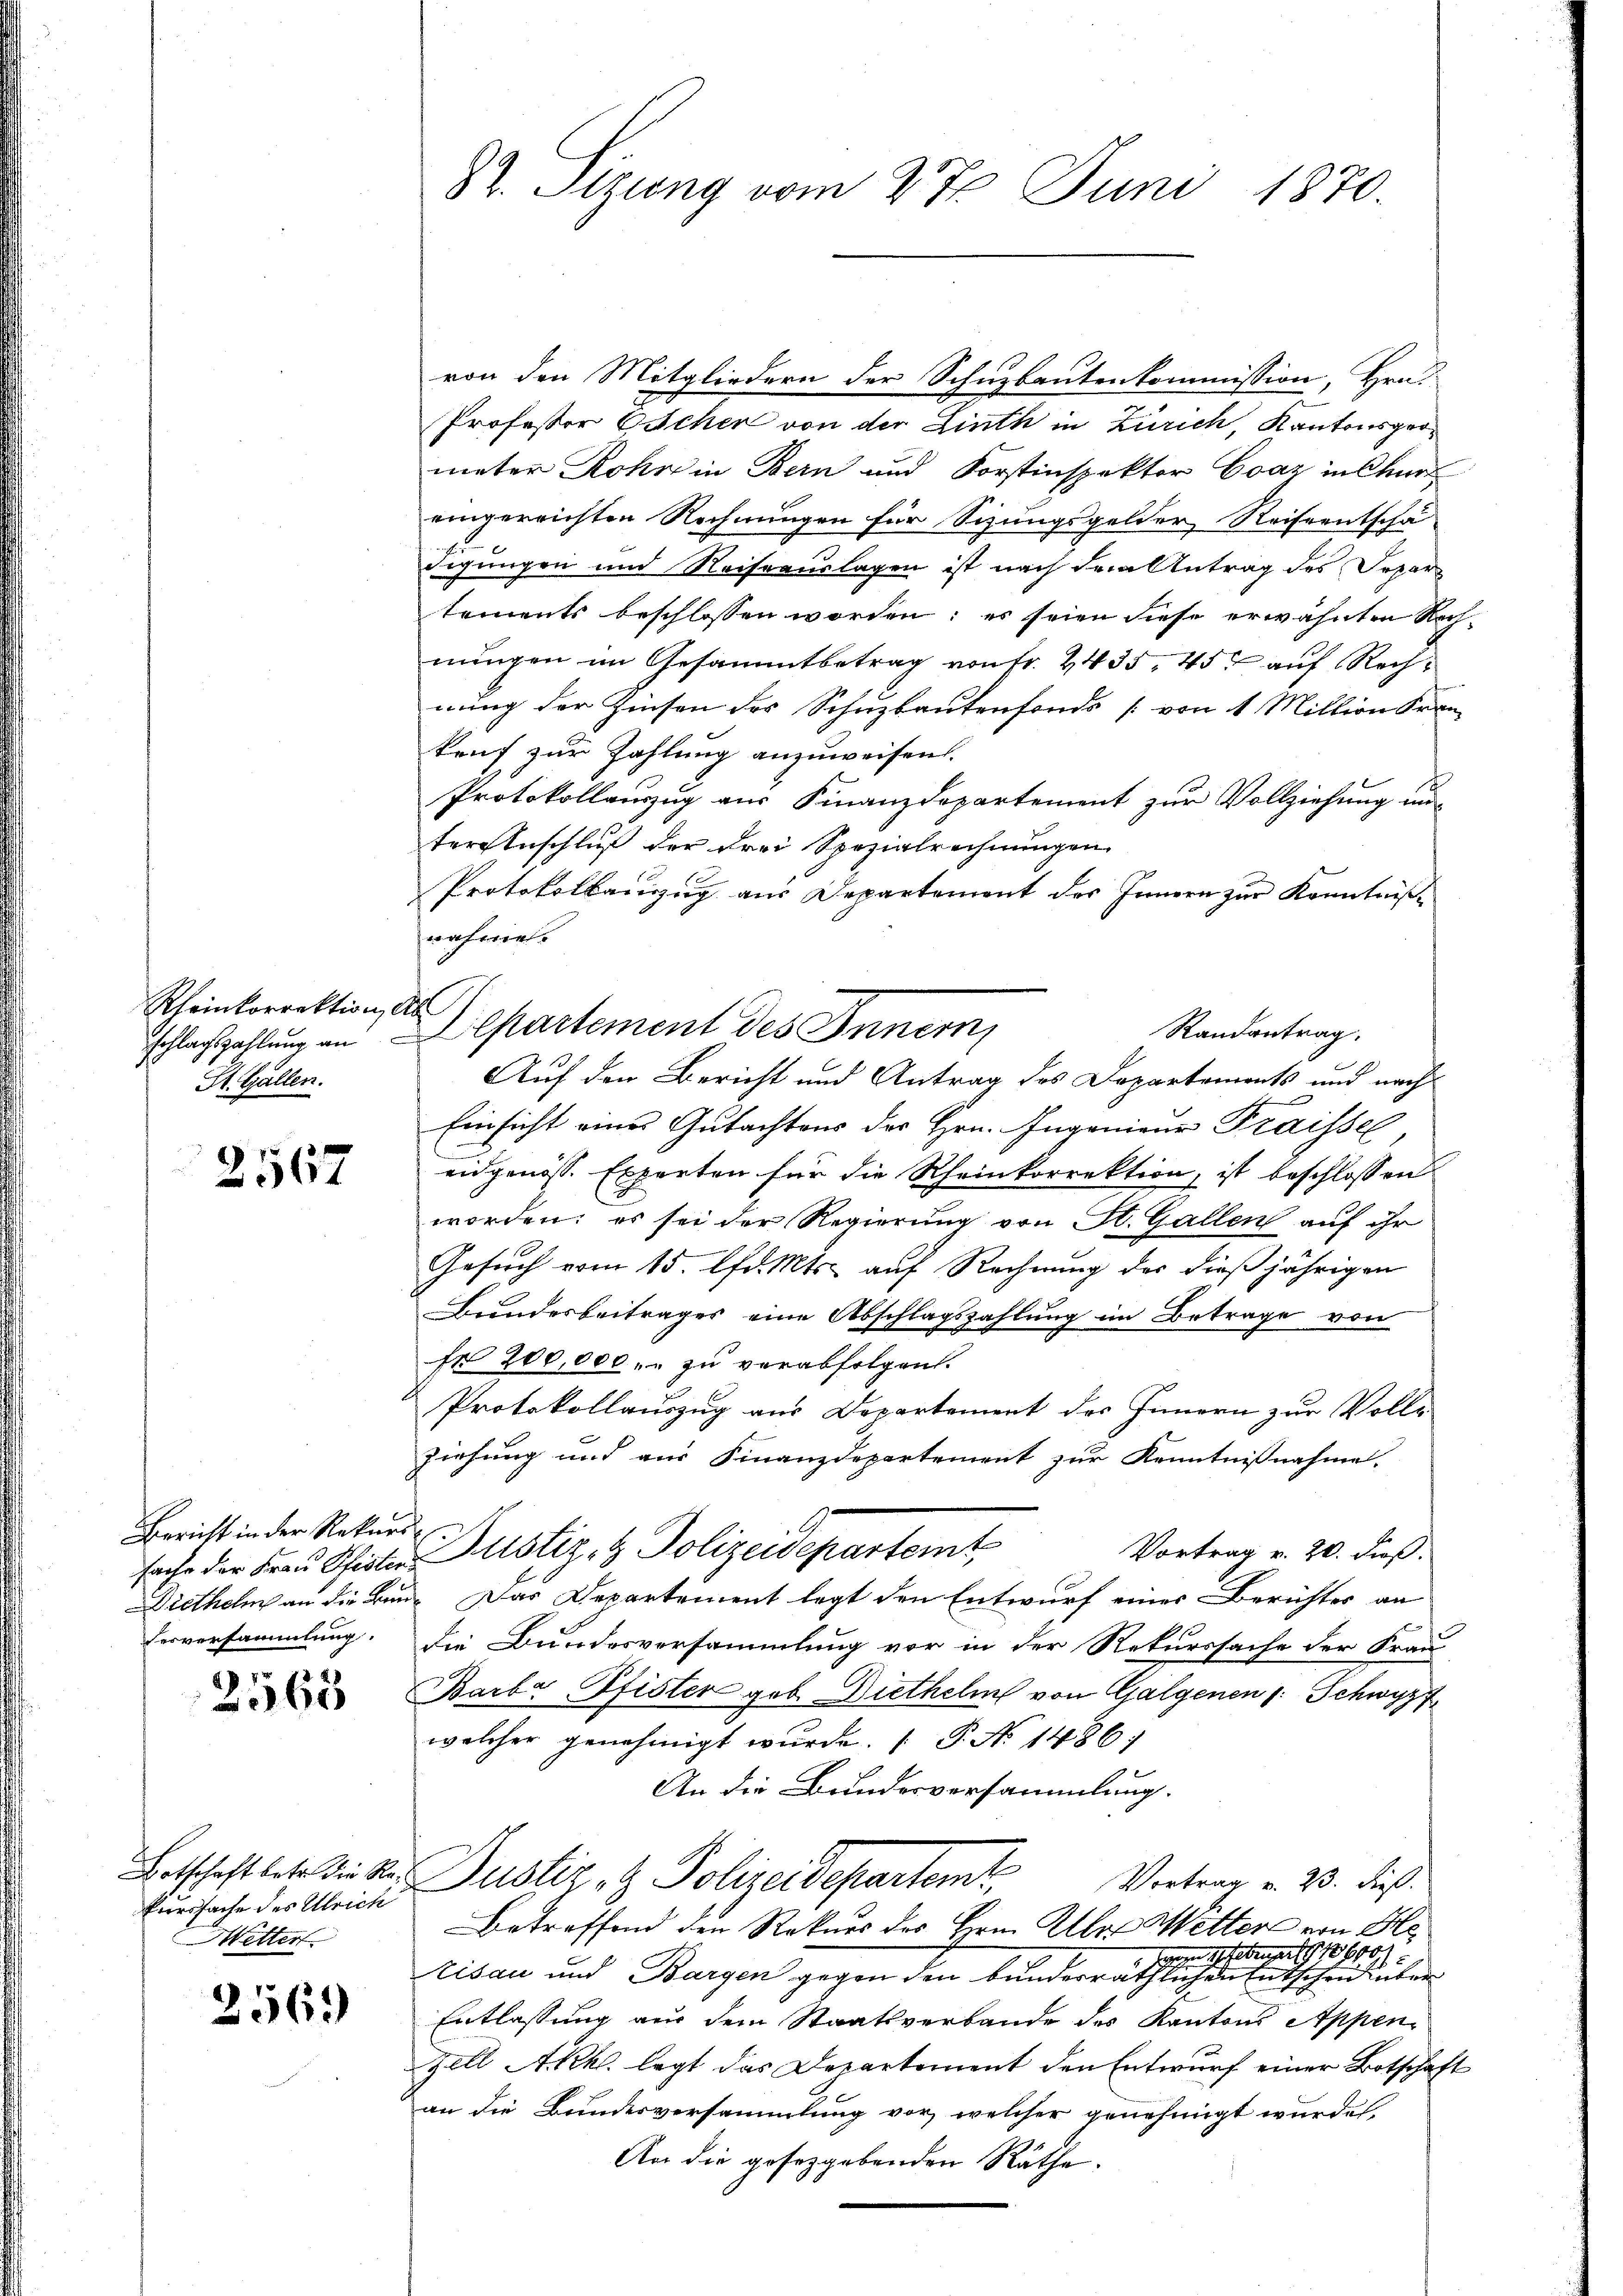
Rheinkorrektion, Ab
schlagszahlung an
St. Gallen.

2567

Bericht in der Rekurs
erversammlung.

2565

Eurssache des Ulrich
Wetter

2569

82. Sitzung vom 27 Juni 1870.

Aepartement des Innern,

Professor Eschen von der Linth in Zürich, Kantonspermeter Rohr in Bern und Forstinspektor Evaz in Chur
eingereichten Rechnungen für Sizungsgelder Reiseentschä
digungen und Reiseauslagen ist nach dem Antrag des Separtements beschlossen worden; es seien diese erwähnten Rechnungen im Gesammtbetrag von Fr. 2435, 45 auf Rechnung der Zinsen des Schuzbautenfonds [von 1 Miltion Fran
kruf zur Zahlung anzuweisen.
Protokollauszug aus Finanzdepartement zur Vollziehung un-
ter Anschluß der drei Spezialrechnungen
Protokollanzug aus Departement des Innern zur Kenntniße
nahme.
Randantrag.
Auf den Bericht und Antrag des Departements und nach
Einsicht eines Gutachtens der Hrn. Ingenieur Fraissel
eidgenöss. Experten für die Rheinkorrektion, ist beschlossen
worden; es sei der Regierung von St. Gallen auf ihr
Gesuch vom 15. d. Mts. auf Rechnung der dießjährigen
Bundesbeitrages eine Abschlagszahlung im Betrage von
fr 200,000 r. zu verabfolgen.
Protokollauszug aus Departement des Innern zur Volls
ziehung und aus Finanzdepartement zur Kenntnißnahme.
Vortrag v. 20. dieß.
sache der Frau Pfister Justiz- & Polizeidepartemt
Diethelm an die Bau- Das Departement legt den Entwurf eines Berichtes an
die Bundesversammlung vor in der Rekurssache der Frau
Barbr Pfister geb. Diethelm von Galgenen : Schwyz
welcher genehmigt wurde. (T. No 1486)
An die Bundesversammlung.
Betschaft letzt die der Justiz- & Polizeidepartemt
Vortrag v. 23. dieß.
Betreffend den Rekurs des Hrn. Klar. Wetter von He
 n 7. Februar 18600
risau und Bargen gegen den bunderräthlichen Entschen über
Entlassung aus dem Staatsverbande des Kantons Appen¬
Zell Akkl. legt das Departement den Entwurf einer Botschaft
an die Bundesversammlung vor, welcher genehmigt wurden,
An die gesetzgebenden Räthe.

von den Mitgliedern der Schuzbautenkommission, Hrn.